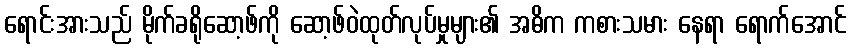
ရောင်းအားသည် မိုက်ခရိုဆော့ဖ်ကို ဆော့ဖ်ဝဲထုတ်လုပ်မှုများ၏ အဓိက ကစားသမား နေရာ ရောက်အောင်